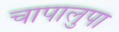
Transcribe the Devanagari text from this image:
चापालुपा